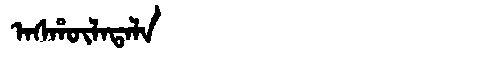
Manchu: ᠠᠰᡥᡡᠯᠠᡨᠠᠯᠠ
Romanization: ASHŪLATALA